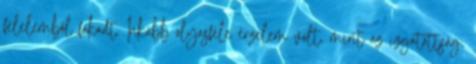
félelemből fakadt. Inkább olyasféle érzelem volt, mint az izgatottság,